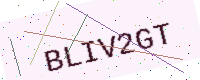
Text: BLIV2GT